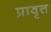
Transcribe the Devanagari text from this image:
प्रावृत्त